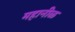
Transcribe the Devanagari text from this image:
महानीळ